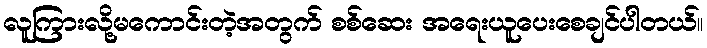
လူကြားလို့မကောင်းတဲ့အတွက် စစ်ဆေး အရေးယူပေးစေချင်ပါတယ်။